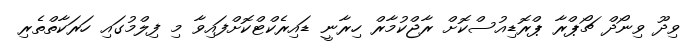
ވިދޫ ވިނޯދް ޗޯޕްރާ ޕްރޮޑިއުސްކޮށް ރާޖްކުމާރް ހިރާނީ ޑައިރެކްޓްކޮށްފައިވާ މި ފިލްމުގައި ހަރަކާތްތެރި